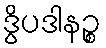
ဒွိပဒါနဉ္စ